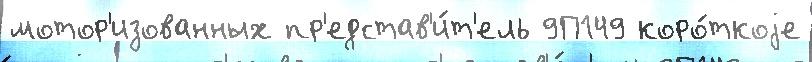
мотор'изованных пр'едстав'и́т'ель 9П149 коро́ткоjе